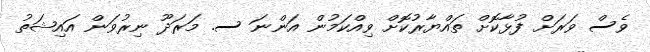
ވެސް ވަރަށް ފުޅާކޮށް ތައްޔާރުކޮށް ވިއްކަމުން އަންނަ ސ. މަރަދޫ ނިރުވަން އައިޝަތު